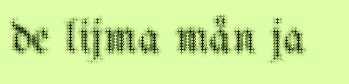
de lijma mån ja